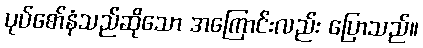
ပုပ်စော်နံသည်ဆိုသော အကြောင်းလည်း ပြောသည်။